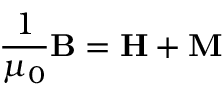
{ \frac { 1 } { \mu _ { 0 } } } \mathbf { B } = \mathbf { H } + \mathbf { M }